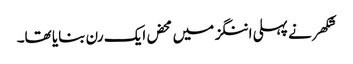
شکھر نے پہلی اننگز میں محض ایک رن بنایا تھا۔